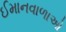
ઈમાનવાળાઓ